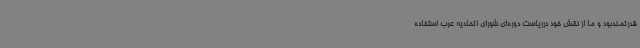
قدرتمندبود و ما از نقش خود درریاست دوره‌ای شورای اتحادیه عرب استفاده